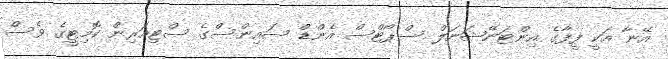
އޭނާ އަކީ ފީފާގެ އިންޓަނޭޝަނަލް ސްޕޯޓްސް އެންޑް ސައިންސްގެ ސްޓިއަރިން ކޮމިޓީގެ ވެސް